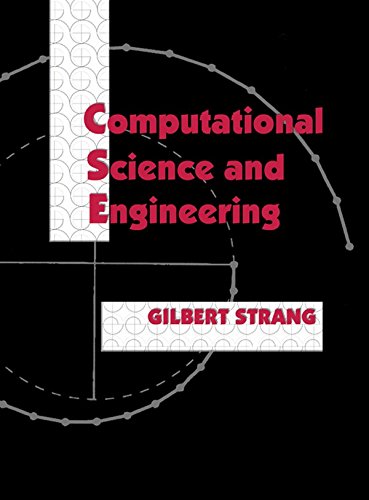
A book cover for Computational Science and Engineering; Gilbert Strang; Science & Math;